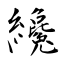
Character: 纔